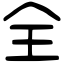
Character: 全